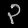
Digit: ၃